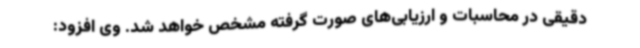
دقیقی در محاسبات و ارزیابی‌های صورت گرفته مشخص خواهد شد. وی افزود: